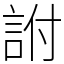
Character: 詂